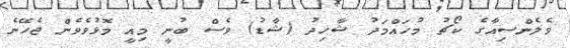
ވެލެންސިއާގެ ކޯޗު މުހައްމަދު ޝާހިދު (ޝާޑު) ވެސް ބުނީ މިއީ މޮޅުވެވެން ޖެހޭނެ